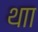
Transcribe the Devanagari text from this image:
थाा